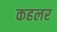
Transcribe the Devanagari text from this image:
कहलर